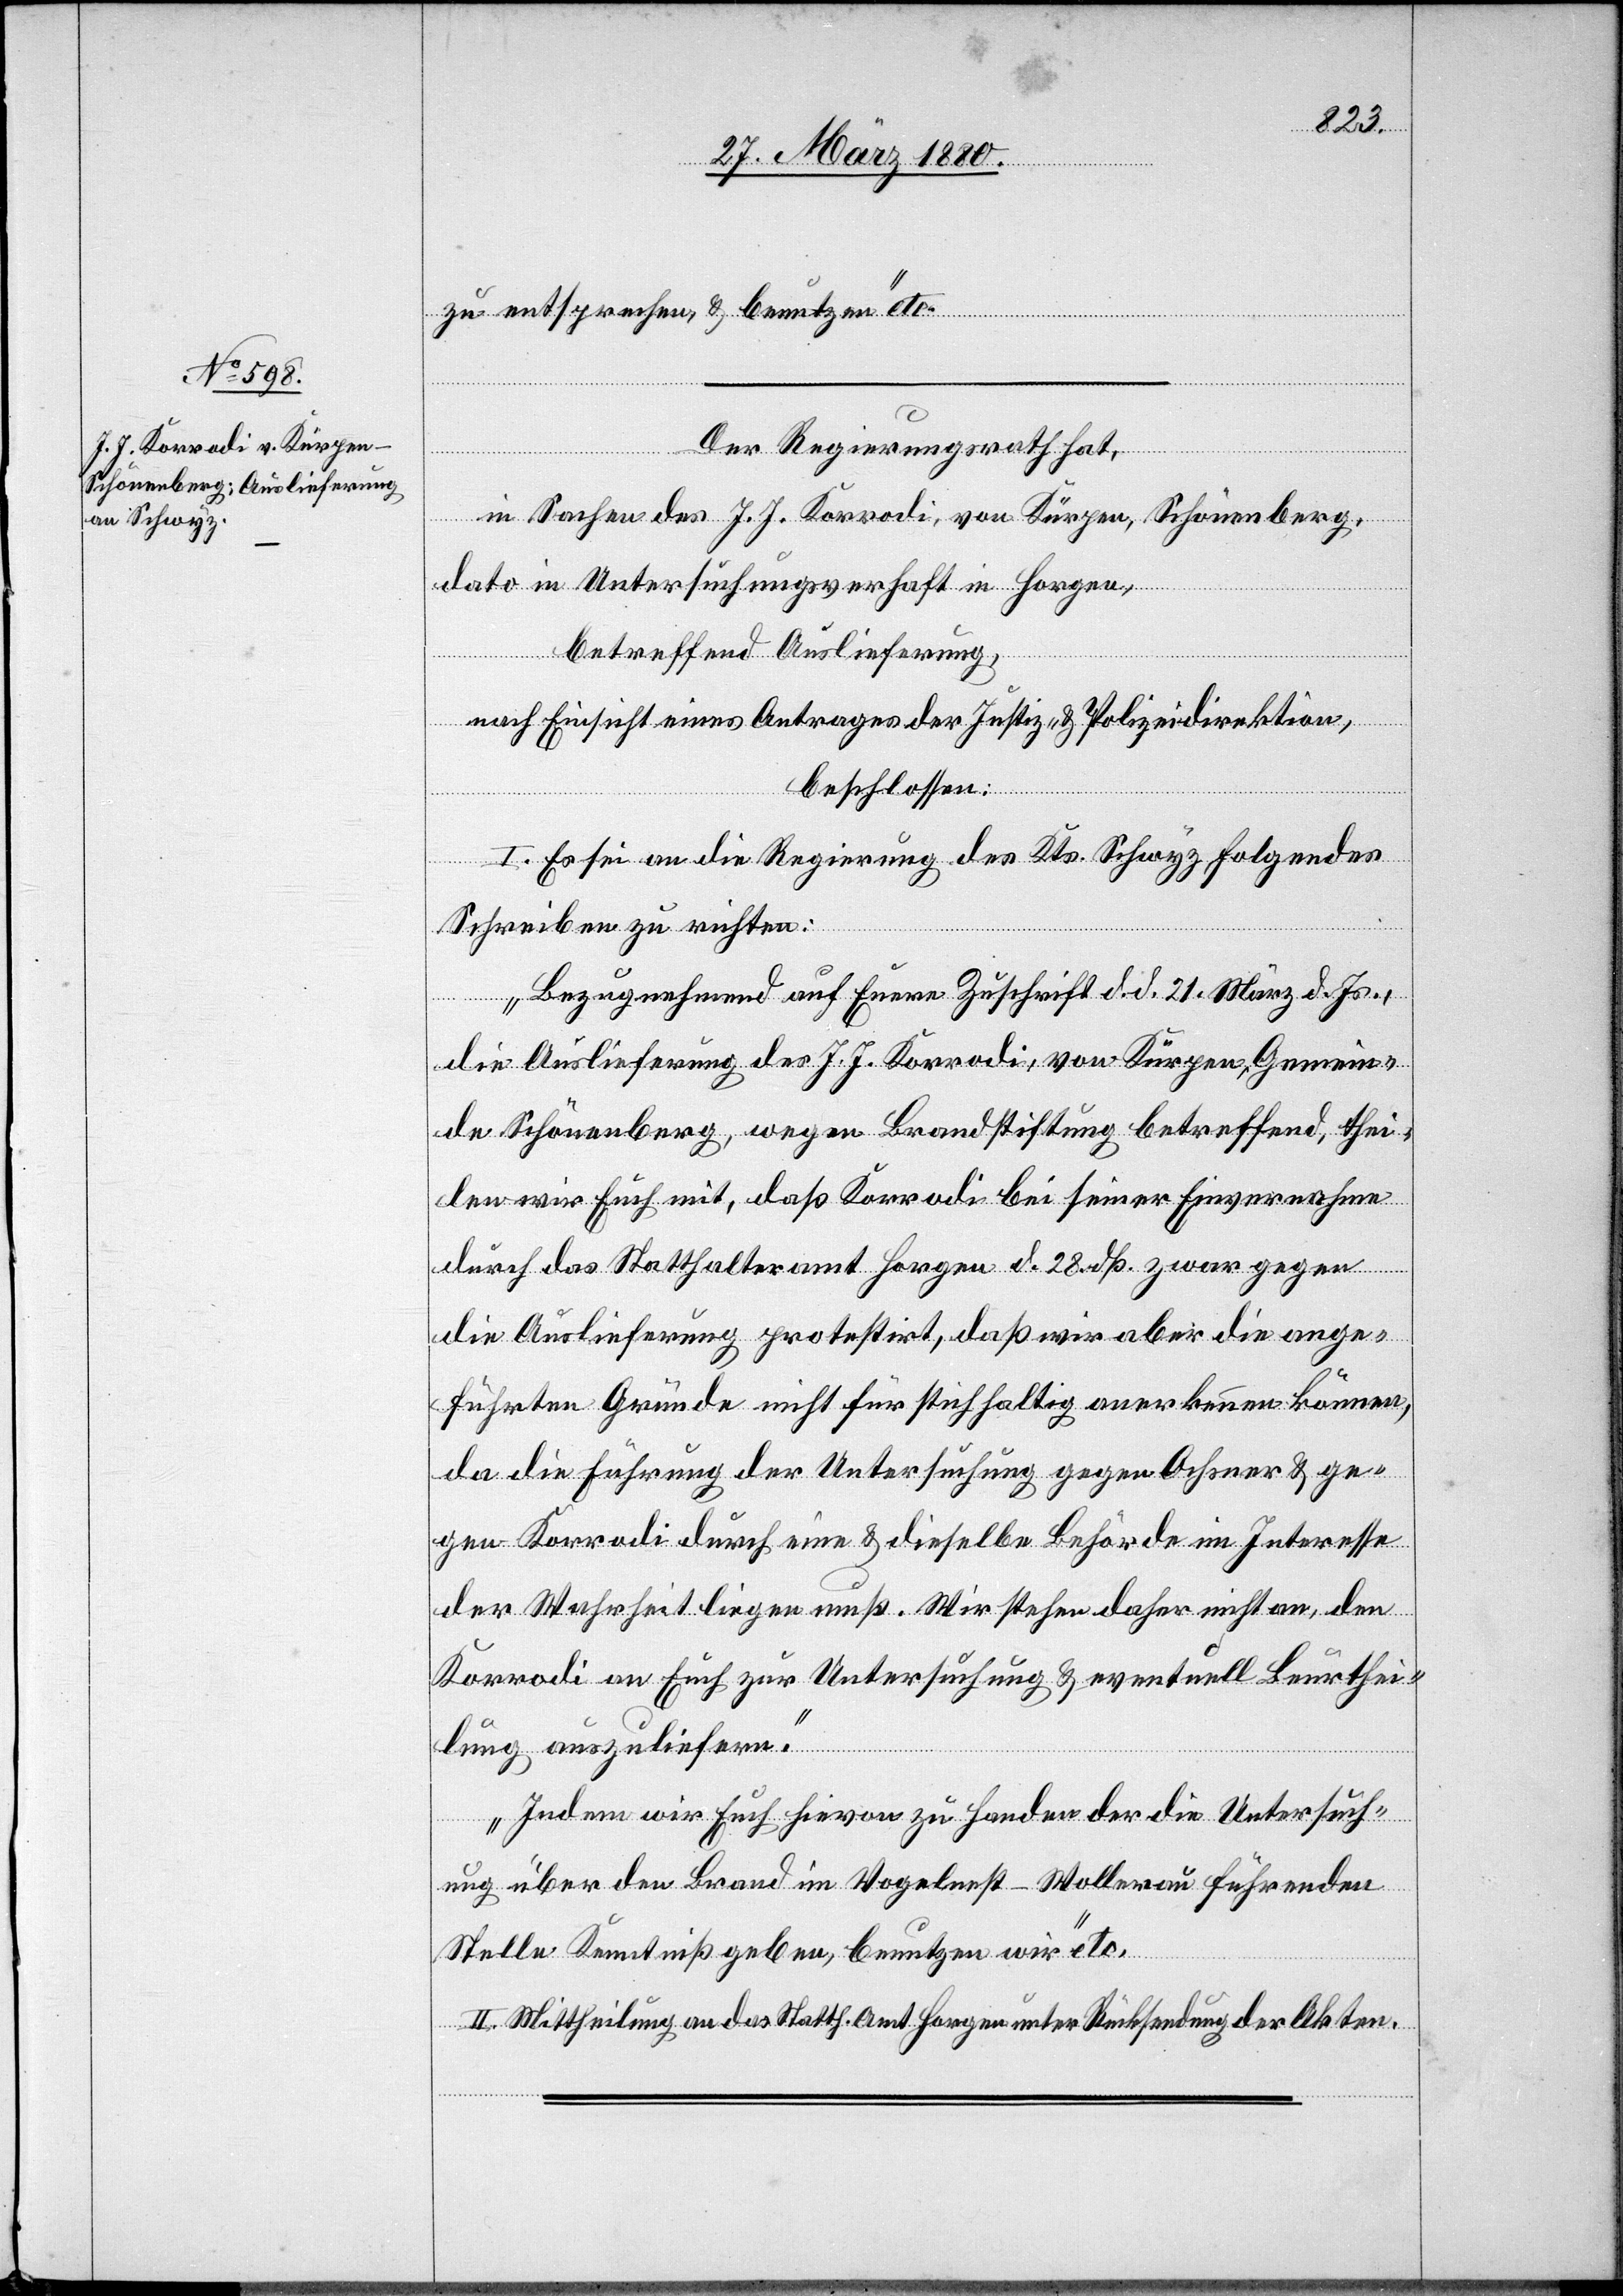
31. März 1880.]
zu entsprechen & benutzen“ etc.
Der Regierungsrath hat,
in Sachen des J. J. Korrodi, von Kürpen, Schönenberg,
dato in Untersuchungsverhaft in Horgen,
betreffend Auslieferung,
nach Einsicht eines Antrages der Justiz- & Polizeidirektion,
beschlossen:
I. Es sei an die Regierung des Kts. Schwyz folgendes
Schreiben zu richten:
„Bezugnehmend auf Euere Zuschrift d. d. 21. März d. Js.,
die Auslieferung des J. J. Korrodi, von Kürpen, Gemein¬
de Schönenberg, wegen Brandstiftung betreffend, thei¬
len wir Euch mit, daß Korrodi bei seiner Einvernahme
durch das Statthalteramt Horgen d. 28. dß. zwar gegen
die Auslieferung protestirt, daß wir aber die ange¬
führten Gründe nicht für stichhaltig anerkennen können,
da die Führung der Untersuchung gegen Ochsner & ge¬
gen Korrodi durch eine & dieselbe Behörde im Interesse
der Wahrheit liegen muß. Wir stehen daher nicht an, den
Korrodi an Euch zur Untersuchung & eventuell Beurthei¬
lung auszuliefern.
Indem wir Euch hievon zu Handen der die Untersuch¬
ung über den Brand im Vogelnest - Wollerau führenden
Stelle Kenntniß geben, benutzen wir“ etc.
II. Mittheilung an das Statth. Amt Horgen unter Rücksendung der Akten.